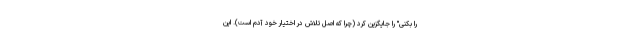
را بکنی" را جایگزین کرد (چرا که اصل تلاش در اختیار خود آدم است). این